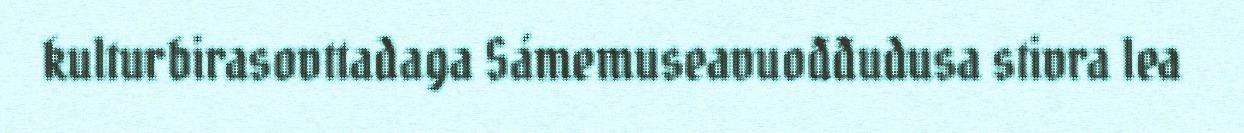
kulturbirasovttadaga Sámemuseavuođđudusa stivra lea